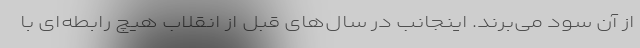
از آن سود می‌برند. اینجانب در سال‌های قبل از انقلاب هیچ رابطه‌ای با